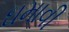
ઘમાવી